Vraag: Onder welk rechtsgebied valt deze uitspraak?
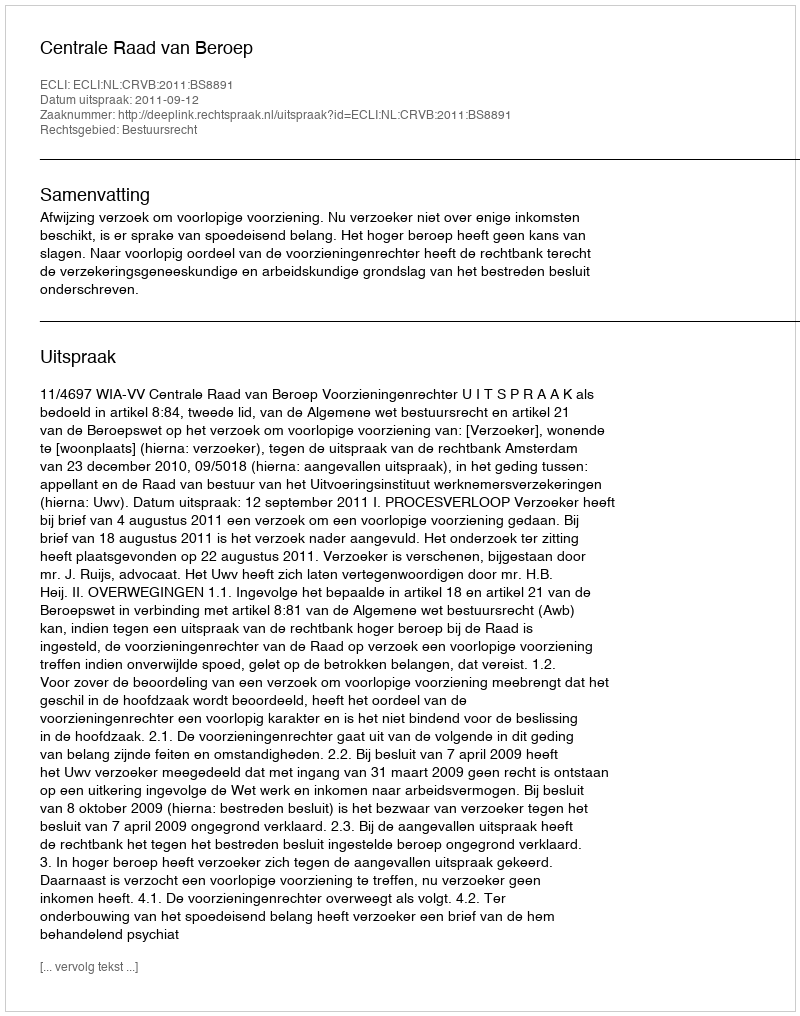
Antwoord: Bestuursrecht